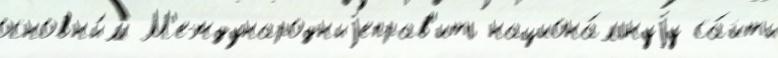
основны́м М'еждународныjеправ'ить национа́льнуjу са́йты